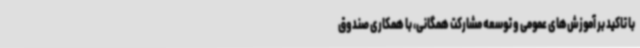
با تاکید بر آموزش‌های عمومی و توسعه مشارکت همگانی، با همکاری صندوق